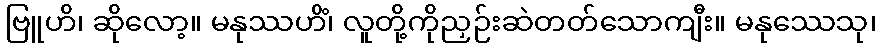
ဗြူဟိ၊ ဆိုလော့။ မနုဿဟိံ၊ လူတို့ကိုညှဉ်းဆဲတတ်သောကျီး။ မနုဿေသု၊